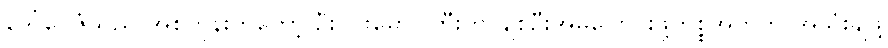
ဒေါ်ငွေဇံသည် အစတုန်းကတော့ ဦးဝင်းမောင်ကြီးကို ချစ်ဦးအိမ်ပြောင်းဖို့ကိစ္စအတွက် အသုံးချဖို့